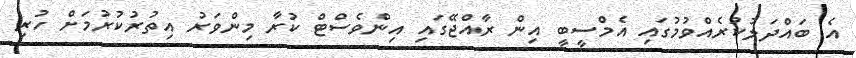
އެ ބައްދަލުކުރެއްވުމުގައި އެމްސީބީ އިން ރާއްޖޭގައި އިންވެސްޓް ކުރާ މިންވަރު އިތުރުކުރުމަށް ހުރި